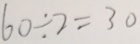
6 0 \div 2 = 3 0